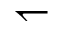
\leftharpoondown